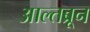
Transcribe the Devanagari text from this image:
आल्तब्रून